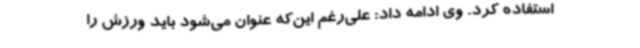
استفاده کرد. وی ادامه داد: علی‌رغم این‌که عنوان می‌شود باید ورزش را